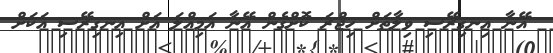
އޭނާ އިނގިރޭސި ވިލާތަށް ހިޖްރަ ކޮށްގެން އޭނާ އަމިއްލަ އަށް އިނގިރޭސި އަކަށް